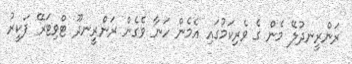
ރަންރީނދުލޭ މެން ގެ ވެރިކަމުގައި އެމެން ހަނާ ވެގެން ރަންރީނދޫ ޓްވިޓަރޭ ފަކީރު